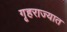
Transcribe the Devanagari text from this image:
गृहराज्यात